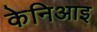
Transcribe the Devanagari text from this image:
केनिआइ